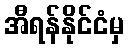
အီရန်နိုင်ငံမှ